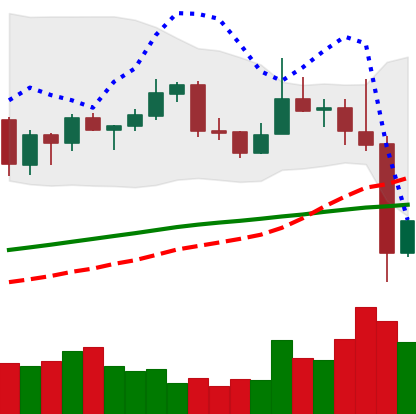
Ticker: XLM-USD
Chart end date: 2019-06-28
Forward return: -4.728%
Label: down_3_5